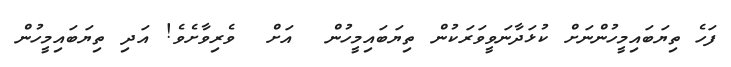
ފަހެ ތިޔަބައިމީހުންނަށް ކުޅަދާނަވީވަރަކުން ތިޔަބައިމީހުން  އަށް  ވެރިވާށެވެ! އަދި ތިޔަބައިމީހުން